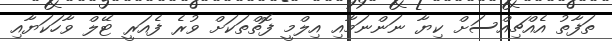
ތަފާތު އެއްޗިއްސަށް ކިޔާ ނަންނަމާއި އިލްމީ ފޮތްތަކަށް ވުރެ ފެއަރީ ޓޭލް ވާހަކަޔާއި